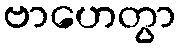
ဗာဟေတွာ